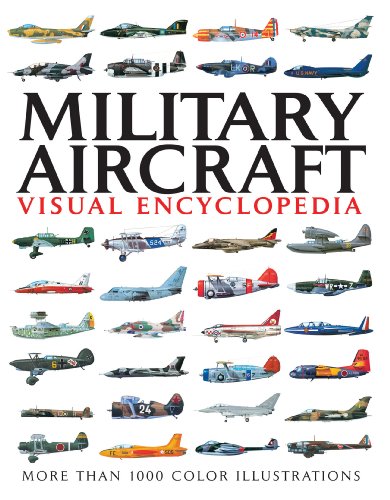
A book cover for Visual Encyclopedia of Military Aircraft; Jim Winchester; Reference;